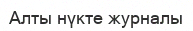
Алты нүкте журналы